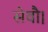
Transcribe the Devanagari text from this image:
सेवाै।